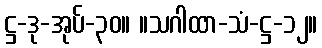
ဋ္ဌ-ဒု-အုပ်-၃၀။ ။သဂါထာ-သံ-ဋ္ဌ-၁၂။